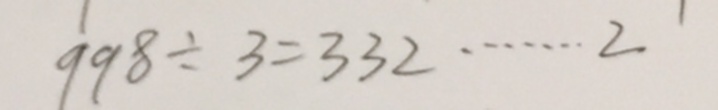
9 9 8 \div 3 = 3 3 2 \cdots 2